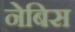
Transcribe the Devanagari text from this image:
नेबिस